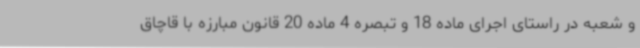
و شعبه در راستای اجرای ماده 18 و تبصره 4 ماده 20 قانون مبارزه با قاچاق